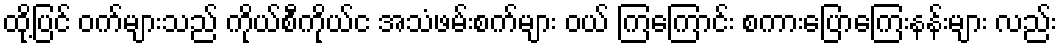
ထို့ပြင် ဝက်များသည် ကိုယ်စီကိုယ်င အသံဖမ်းစက်များ ဝယ် ကြကြောင်း စကားပြောကြေးနန်းများ လည်း